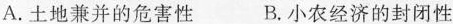
A.土地兼并的危害性 B.小农经济的封闭性